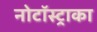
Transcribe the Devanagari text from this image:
नोटॉस्ट्राका